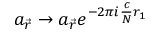
a _ { \vec { r } } \rightarrow a _ { \vec { r } } e ^ { - 2 \pi i \frac { c } { N } r _ { 1 } }